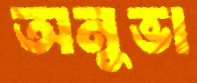
অনুভা